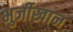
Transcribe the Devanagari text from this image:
भुर्जीखान